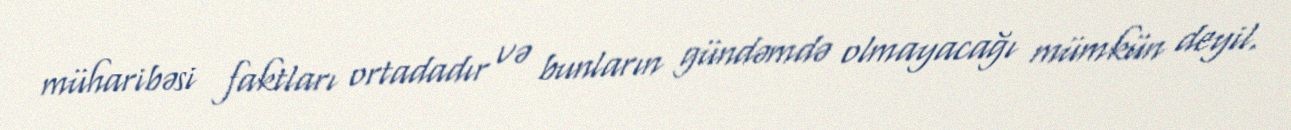
müharibəsi faktları ortadadır və bunların gündəmdə olmayacağı mümkün deyil.